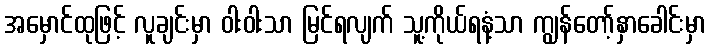
အမှောင်ထုဖြင့် လူချင်းမှာ ဝါးဝါးသာ မြင်ရလျက် သူ့ကိုယ်ရနံ့သာ ကျွန်တော့်နှာခေါင်းမှာ